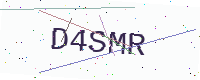
Text: D4SMR